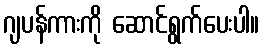
ဂျပန်ကားကို ဆောင်ရွက်ပေးပါ။